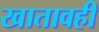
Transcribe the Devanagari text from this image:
खातावही